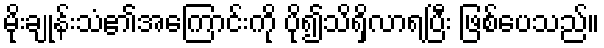
မိုးချုန်းသံ၏အကြောင်းကို ပို၍သိရှိလာရပြီး ဖြစ်ပေသည်။